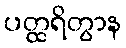
ပတ္ထရိတွာန